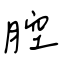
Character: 腔